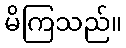
မိကြသည်။